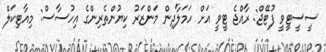
ސީސީޓީވީ ފުޓޭޖް: ރާއްޖެ ޓީވީ އަށް ހަމަލާދިން މަންޒަރު ކިޔުންތެރިންގެ އިހުސާސް: މިއާޓިކަލް